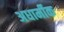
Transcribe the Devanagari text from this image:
अधार्मीक